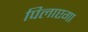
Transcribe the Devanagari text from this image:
पिलाएगा